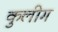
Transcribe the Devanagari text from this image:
कुलीग